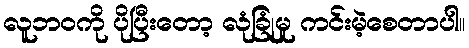
လူဘဝကို ပိုပြီးတော့ လုံခြုံမှု ကင်းမဲ့စေတာပါ။